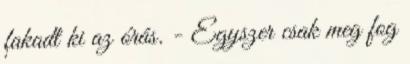
fakadt ki az órás. - Egyszer csak meg fog